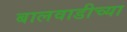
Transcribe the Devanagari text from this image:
बालवाडीच्या